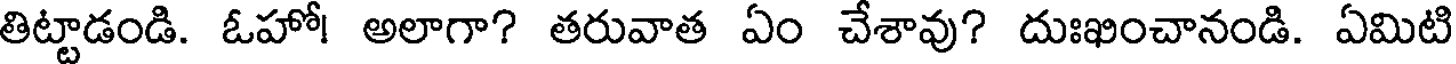
తిట్టాడండి. ఓహో! అలాగా? తరువాత ఏం చేశావు? దుఃఖించానండి. ఏమిటి